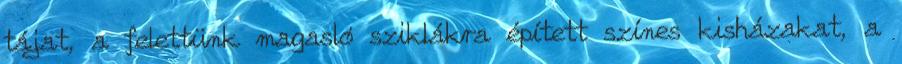
tájat, a felettünk magasló sziklákra épített színes kisházakat, a